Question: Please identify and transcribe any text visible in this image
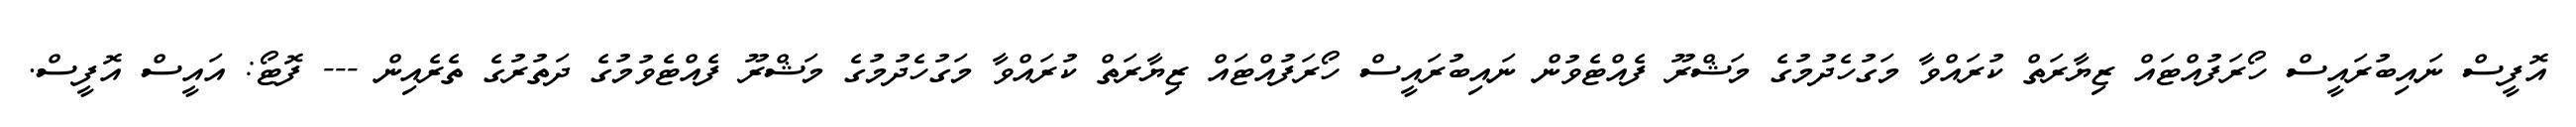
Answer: އޮފީސް ނައިބުރައީސް ހޯރަފުއްޓައް ޒިޔާރަތް ކުރައްވާ މަގުހެދުމުގެ މަޝްރޫ ފެއްޓެވުން ނައިބުރައީސް ހޯރަފުއްޓައް ޒިޔާރަތް ކުރައްވާ މަގުހެދުމުގެ މަޝްރޫ ފެއްޓެވުމުގެ ދަތުރުގެ ތެރެއިން --- ފޮޓޯ: އައީސް އޮފީސް.